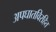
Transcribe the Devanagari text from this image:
अपघातविरहित